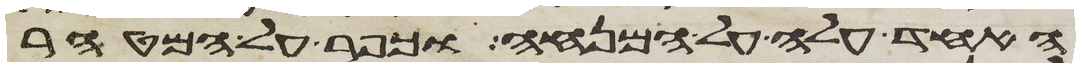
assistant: האחד עלה על המנחה וכפר על המטהר